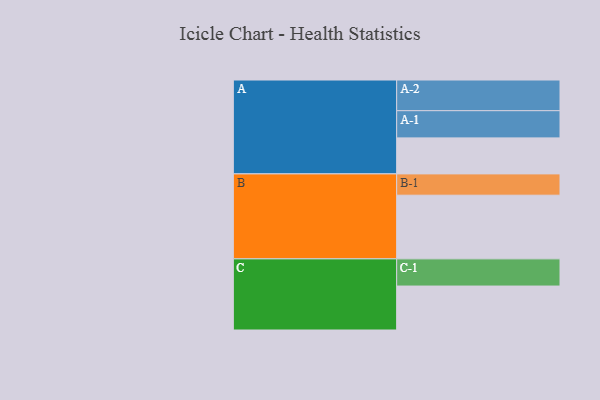
{"axis": {"x": "Segment", "y": "Value"}, "legend": ["", "A", "B", "C"], "data": [{"x": "A", "y": 318, "type": ""}, {"x": "B", "y": 562, "type": ""}, {"x": "C", "y": 388, "type": ""}, {"x": "A-1", "y": 240, "type": "A"}, {"x": "A-2", "y": 271, "type": "A"}, {"x": "B-1", "y": 188, "type": "B"}, {"x": "C-1", "y": 240, "type": "C"}]}